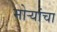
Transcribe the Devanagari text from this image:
मोर्‍यांचा